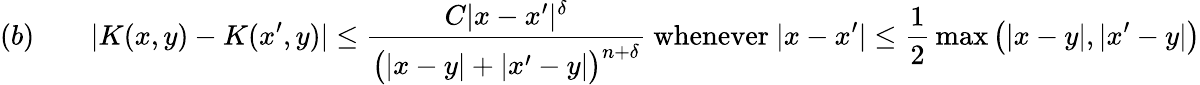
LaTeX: (b)\qquad|K(x,y)-K(x^{\prime},y)|\leq{\frac{C|x-x^{\prime}|^{\delta}}{{\bigl(}|x-y|+|x^{\prime}-y|{\bigr)}^{n+\delta}}}{\mathrm{~whenever~}}|x-x^{\prime}|\leq{\frac{1}{2}}\operatorname*{max}{\bigl(}|x-y|,|x^{\prime}-y|{\bigr)}